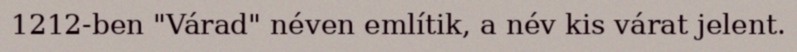
1212-ben "Várad" néven említik, a név kis várat jelent.